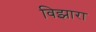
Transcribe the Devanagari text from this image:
विझारा